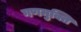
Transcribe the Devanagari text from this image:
गणमुक्ति